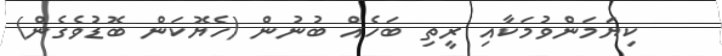
ކިޔަމަންވުމަކާއި ރީތި ބަހެއް ބުނުން (ހެޔޮކަން ބޮޑުވެގެން)